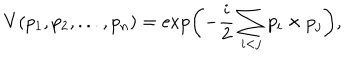
V ( p _ { 1 } , p _ { 2 } , . . . , p _ { n } ) = \exp \biggl ( - \frac { i } { 2 } \sum _ { i < j } p _ { i } \times p _ { j } \biggr ) ,